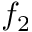
f _ { 2 }